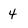
Character: 4